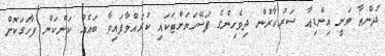
ދުންޠާ ވަނީ އިންޑިއާ ސަރުކާރުން ދިވެހިންގެ ފަސޭހަޔަށްޓަކައި ކުރައްވާފައިވާ ބައެއް ކަންކަން ފާހަގަކޮށް